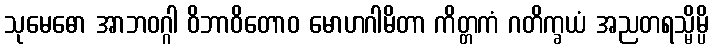
သုမေဓော အာဘဝဂ္ဂါ ဝိဘာဝိတောဝ မောဟဂါမိတာ ကိတ္တကံ ဂတိက္ခယံ အညတရသ္မိမ္ပိ